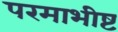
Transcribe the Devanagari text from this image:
परमाभीष्ट